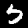
Label: 5